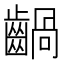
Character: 𪙃